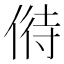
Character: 偫